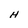
Character: H